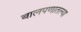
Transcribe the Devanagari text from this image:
बालपणातल्या